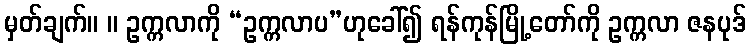
မှတ်ချက်။ ။ ဥက္ကလာကို “ဥက္ကလာပ”ဟုခေါ်၍ ရန်ကုန်မြို့တော်ကို ဥက္ကလာ ဇနပုဒ်